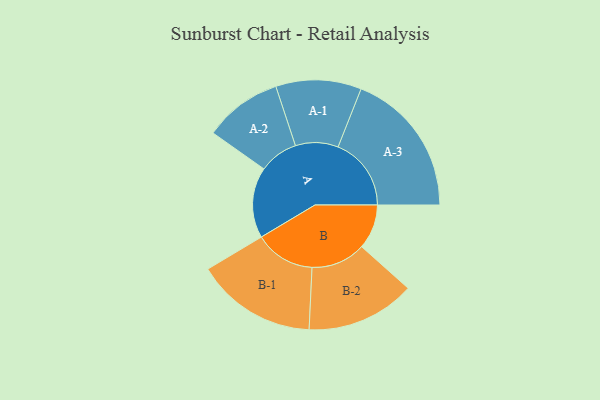
{"axis": {"x": "Segment", "y": "Value"}, "legend": ["", "A", "B"], "data": [{"x": "A", "y": 288, "type": ""}, {"x": "B", "y": 182, "type": ""}, {"x": "A-1", "y": 174, "type": "A"}, {"x": "A-2", "y": 159, "type": "A"}, {"x": "A-3", "y": 298, "type": "A"}, {"x": "B-1", "y": 246, "type": "B"}, {"x": "B-2", "y": 222, "type": "B"}]}